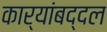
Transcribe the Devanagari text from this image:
कार्यांबद्दल